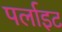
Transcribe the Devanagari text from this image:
पर्लाइट